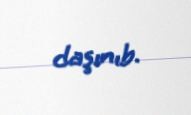
daşınıb.